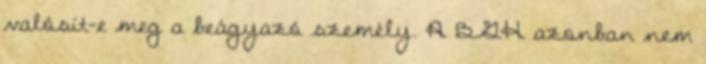
valósít-e meg a beágyazó személy. A BGH azonban nem